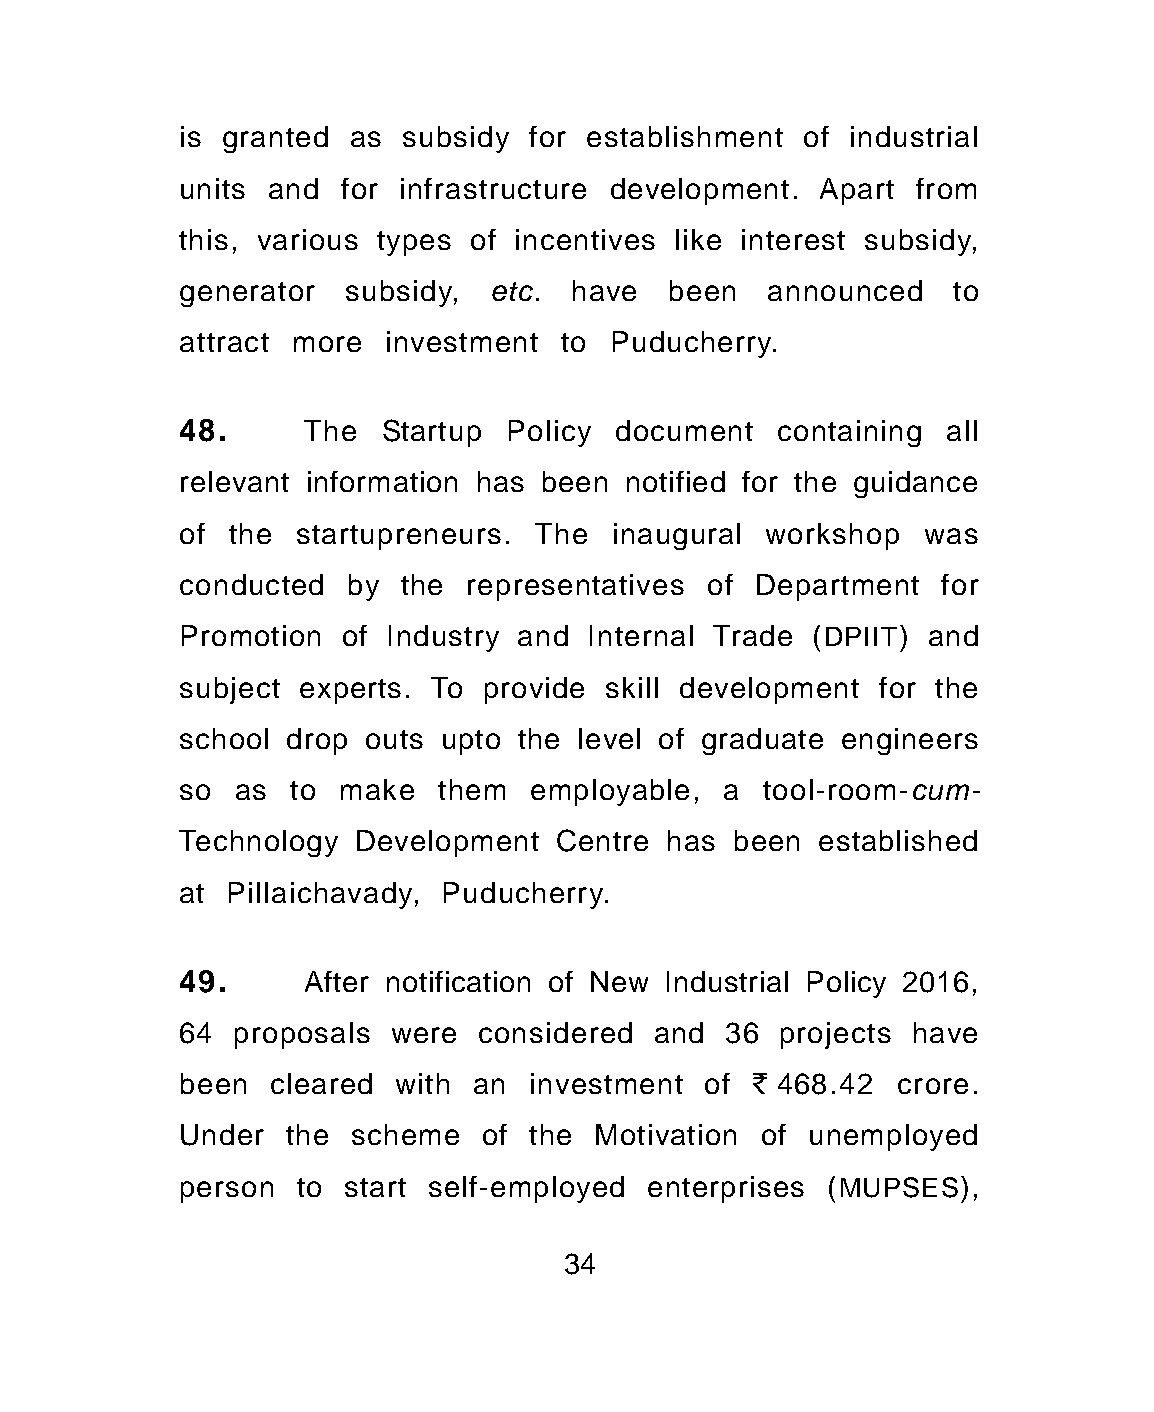
is granted as subsidy  for establishment of industrial
 units and for infrastructure development. Apart  from
 this, various types of incentives like interest subsidy,
 generator  subsidy, etc.  have  been   announced   to
 attract more investment  to Puducherry.
 48.     The  Startup Policy  document  containing  all
 relevant information has been notified for the guidance
 of the startupreneurs. The  inaugural  workshop  was
 conducted  by the  representatives of Department  for
 Promotion of Industry and  Internal Trade (DPIIT) and
 subject experts. To provide skill development for the
 school drop outs upto the level of graduate engineers
 so as  to make   them  employable,  a tool-room-cum-
 Technology Development   Centre has been  established
 at Pillaichavady, Puducherry.
 49.     After notification of New Industrial Policy 2016,
 64 proposals  were  considered and  36 projects have
 been  cleared with an  investment of  ` 468.42 crore.
 Under  the scheme   of the Motivation of unemployed
 person  to start self-employed enterprises (MUPSES),
 34